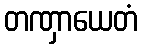
တဏှာယေတံ